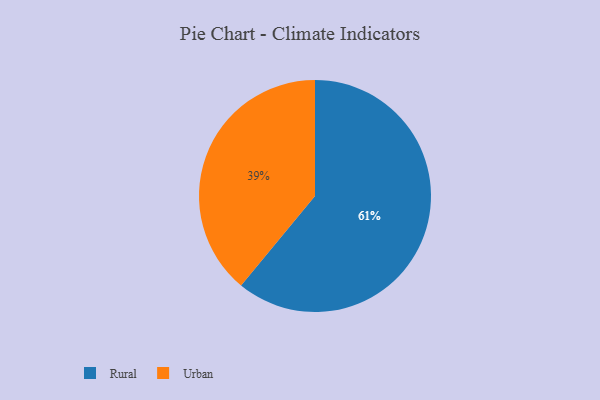
{"axis": {"x": "Category", "y": "Percentage"}, "legend": ["Rural", "Urban"], "data": [{"x": "Rural", "y": 61, "type": "Rural"}, {"x": "Urban", "y": 39, "type": "Urban"}]}